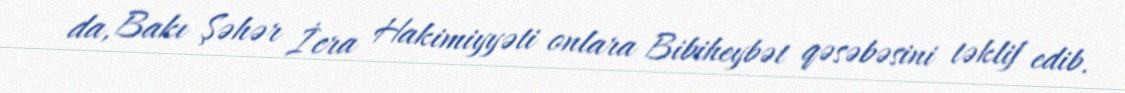
da, Bakı Şəhər İcra Hakimiyyəti onlara Bibiheybət qəsəbəsini təklif edib.